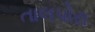
તાલપોરા